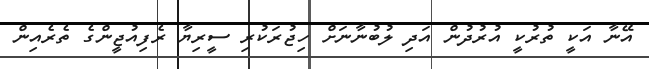
އޭނާ އަކީ ތުރުކީ އުރުދުން އަދި ލުބުނާނަށް ހިޖުރަކުރި ސީރިޔާ ރެފިއުޖީންގެ ތެރެއިން